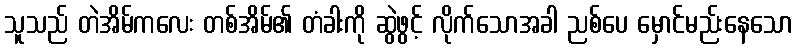
သူသည် တဲအိမ်ကလေး တစ်အိမ်၏ တံခါးကို ဆွဲဖွင့် လိုက်သောအခါ ညစ်ပေ မှောင်မည်းနေသော